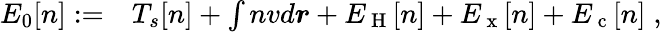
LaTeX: \begin{array}{rl}{E_{0}[n]:=}&{{}T_{s}[n]+\int nvd\boldsymbol{r}+E_{\mathrm{~H~}}[n]+E_{\mathrm{~x~}}[n]+E_{\mathrm{~c~}}[n]\; ,}\end{array}